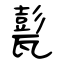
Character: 甏